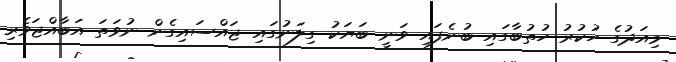
މިއަދުގެ ހުކުރު ހުތުބާގައި ބުނެފައި ވަނީ ބަޔަކު ގިލަނުގައި ޖައްސައިގެން ނުވަތަ އަބާއްޖަވެރި